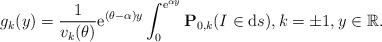
LaTeX: \begin{align*}g_k(y)=\frac{1}{v_k(\theta)}{\rm e}^{(\theta-\alpha) y}\int_0^{{\rm e}^{\alpha y}}\mathbf{P}_{0,k}(I\in {\rm d}s) , k = \pm1, y\in\mathbb{R}.\end{align*}